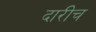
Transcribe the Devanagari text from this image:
दारीच